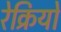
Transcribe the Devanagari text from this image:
रेक्रियो